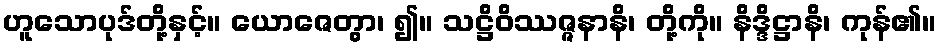
ဟူသောပုဒ်တို့နှင့်။ ယောဇေတွာ၊ ၍။ သဋ္ဌိဝိဿဇ္ဇနာနိ၊ တို့ကို။ နိဒ္ဒိဋ္ဌာနိ၊ ကုန်၏။